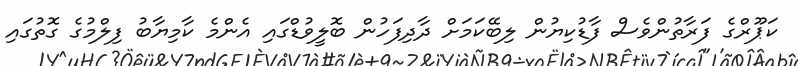
ކަޕޫރްގެ ފަރާތުންވެސް ފާޑުކިޔުން ލިބޭކަމަށް ދާދިފަހުން ބޮލީވުޑްގައި އެންމެ ކާމިޔާބު ފިލްމުގެ ގޮތުގައި